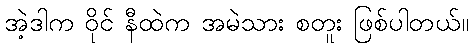
အဲ့ဒါက ဝိုင် နီထဲက အမဲသား စတူး ဖြစ်ပါတယ်။